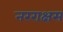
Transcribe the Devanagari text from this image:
नरराक्षस